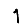
Digit: 1